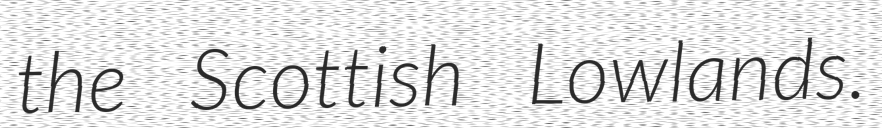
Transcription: the Scottish Lowlands.